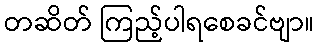
တဆိတ် ကြည့်ပါရစေခင်ဗျာ။